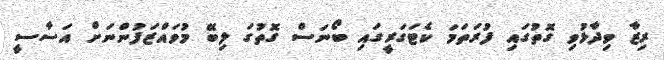
ރިޒާ ވިދާޅުވި ގޮތުގައި ފުރަތަމަ ކެޓަގަރީގައި ބޯނަސް ގޮތުގަ ލިބޭ މުވައްޒަފުންނަށް އަސާސީ